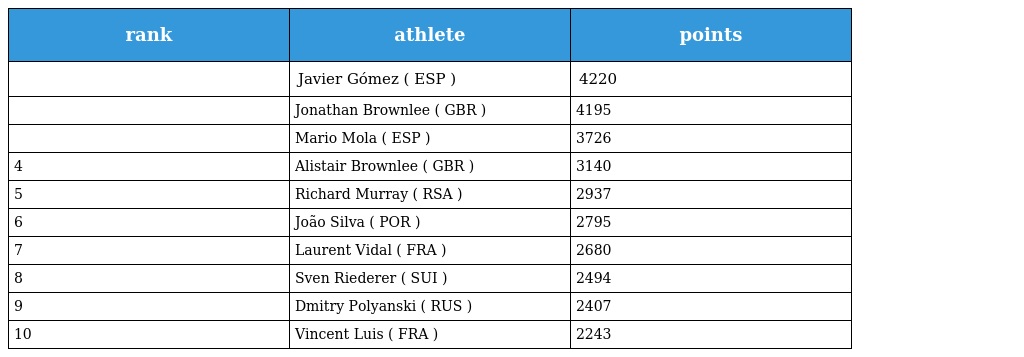
| rank | athlete | points |
 | --- | --- | --- |
 |  | Javier Gómez ( ESP ) | 4220 |
 |  | Jonathan Brownlee ( GBR ) | 4195 |
 |  | Mario Mola ( ESP ) | 3726 |
 | 4 | Alistair Brownlee ( GBR ) | 3140 |
 | 5 | Richard Murray ( RSA ) | 2937 |
 | 6 | João Silva ( POR ) | 2795 |
 | 7 | Laurent Vidal ( FRA ) | 2680 |
 | 8 | Sven Riederer ( SUI ) | 2494 |
 | 9 | Dmitry Polyanski ( RUS ) | 2407 |
 | 10 | Vincent Luis ( FRA ) | 2243 |